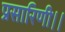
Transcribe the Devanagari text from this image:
प्रसारिणी।।